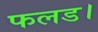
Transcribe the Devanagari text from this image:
फलड।